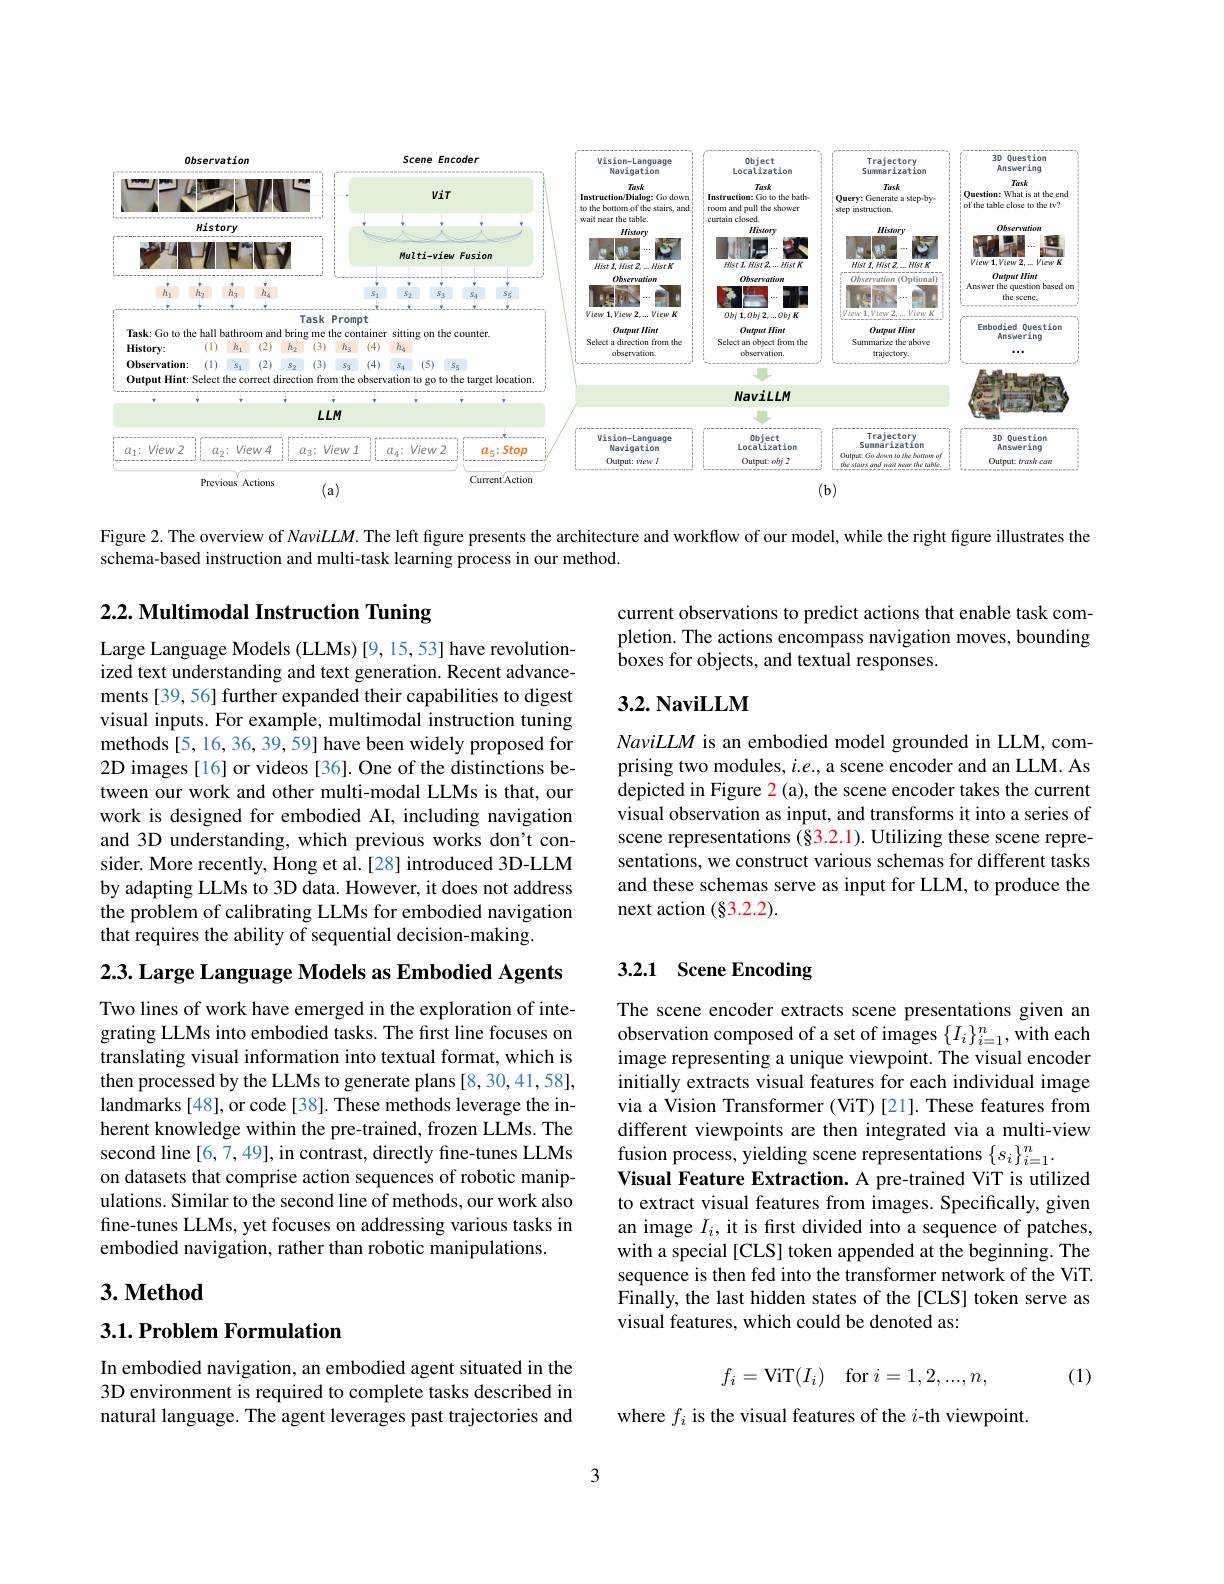
<FigureHere>

Figure 2. The overview of Navi$LM.$ The left figure presents the architecture and workflow of our model, while the right figure illustrates the

schema-based instruction and multi-task learning process in our method.

# $2. 2. \textbf{ Multimodal Instruction Tuning}$

current observations to predict actions that enable task completion. The actions encompass navigation moves, bounding $\hat{\text{boxes for objects, and textual responses.}}$

## $3. 2. \textbf{NaviLLM}$

Large Language Models (LLMs) [9, 15, 53] have revolutionized text understanding and text generation. Recent advancements [39, 56] further expanded their capabilities to digest visual inputs. For example, multimodal instruction tuning methods [5, 16, 36, 39, 59] have been widely proposed for 2D images [16] or videos [36]. One of the distinctions between our work and other multi-modal LLMs is that, our work is designed for embodied AI, including navigation and 3D understanding, which previous works don't consider. More recently, Hong et al.[28] introduced 3D-LLM by adapting LLMs to 3D data. However, it does not address the problem of calibrating LLMs for embodied navigation that requires the ability of sequential decision-making.

NaviLLM is an embodied model grounded in LLM, comprising two modules, $i.e.$, a scene encoder and an LLM. As depicted in Figure 2(a), the scene encoder takes the current visual observation as input, and transforms it into a series of scene representations (§3.2.1). Utilizing these scene representations, we construct various schemas for different tasks and these schemas serve as input for LLM, to produce the next action (§3.2.2).

## 3.2.1 Scene Encoding

2.3. Large Language Models as Embodied Agents

Two lines of work have emerged in the exploration of integrating LLMs into embodied tasks. The first line focuses on translating visual information into textual format, which is then processed by the LLMs to generate plans [8,30,41,58], landmarks [48], or code [38]. These methods leverage the inherent knowledge within the pre-trained, frozen LLMs. The second line [6,7,49], in contrast, directly fine-tunes LLMs on datasets that comprise action sequences of robotic manipulations. Similar to the second line of methods, our work also fine-tunes LLMs, yet focuses on addressing various tasks in embodied navigation, rather than robotic manipulations.

The scene encoder extracts scene presentations given an observation composed of a set of images $\{I_i\}_{i=1}^n$, with each image representing a unique viewpoint. The visual encoder initially extracts visual features for each individual image via a Vision Transformer (ViT) [21]. These features from different viewpoints are then integrated via a multi-view fusion process, yielding scene representations $\{s_i\}_{i=1}^n.$
Visual Feature Extraction. A pre-trained ViT is utilized to extract visual features from images. Specifically, given an image $I_i$, it is fırst divided into a sequence of patches, with a special [CLS] token appended at the beginning. The sequence is then fed into the transformer network of the ViT. Finally, the last hidden states of the [CLS] token serve as visual features, which could be denoted as:

## $3. \textbf{Method}$

## $3. 1. \textbf{Problem Formulation}$
$$f_i=\mathrm{ViT}(I_i)\quad\mathrm{for}\:i=1,2,...,n,$$
(1)

In embodied navigation, an embodied agent situated in the 3D environment is required to complete tasks described in natural language. The agent leverages past trajectories and

where $f_i$ is the visual features of the $i$-th viewpoint.

3